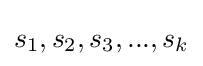
s_{1},s_{2},s_{3},...,s_{k}